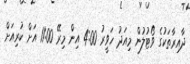
ދާއިރާތަކުގެ ވޯޓުލުން މިއަދު ހަވީރު 4:00 އިން މިރޭ 11:00 އަށް ކުރިއަށް